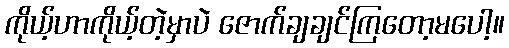
ကိုယ့်ဟာကိုယ့်တဲ့မှာပဲ ဇောက်ချချင်ကြတော့မပေါ့။